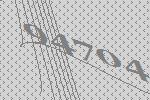
94704